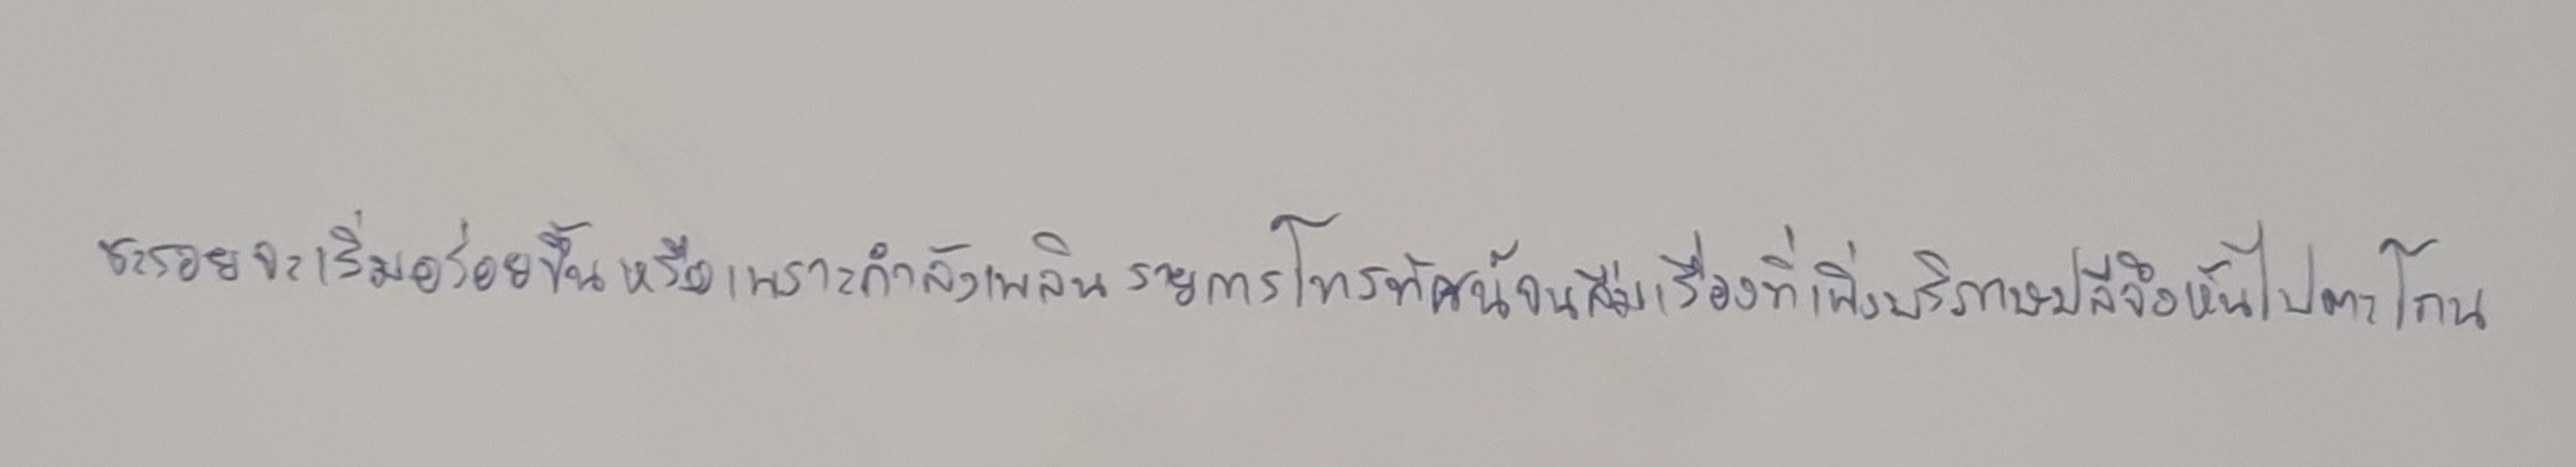
ชะรอยจะเริ่มอร่อยขึ้นหรือเพราะกำลังเพลินรายการโทรทัศน์จนลืมเรื่องที่เพิ่งบริภาษปลีจึงหันไปตะโกน